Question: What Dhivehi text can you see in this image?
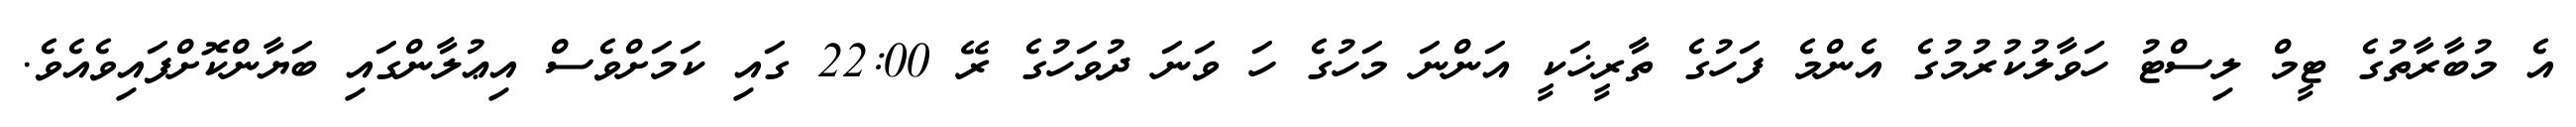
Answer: އެ މުބާރާތުގެ ޓީމް ލިސްޓު ހަވާލުކުރުމުގެ އެންމެ ފަހުގެ ތާރީޚަކީ އަންނަ މަހުގެ ހަ ވަނަ ދުވަހުގެ ރޭ 22:00 ގައި ކަމަށްވެސް އިޢުލާންގައި ބަޔާންކޮށްފައިވެއެވެ.